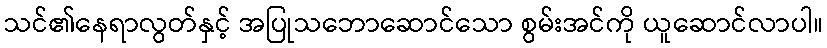
သင်၏နေရာလွတ်နှင့် အပြုသဘောဆောင်သော စွမ်းအင်ကို ယူဆောင်လာပါ။